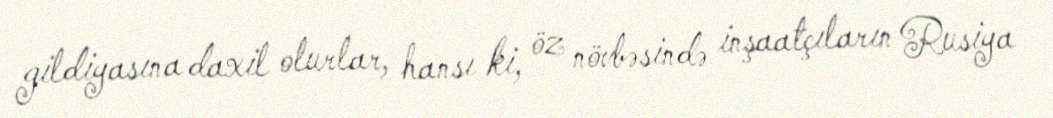
gildiyasına daxil olurlar, hansı ki, öz növbəsində inşaatçıların Rusiya